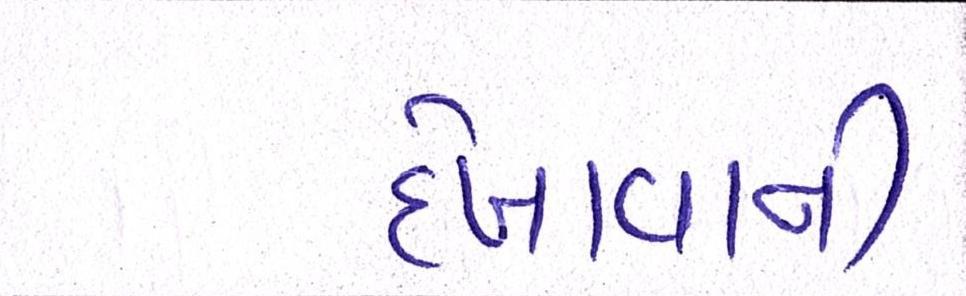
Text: દેખાવાની